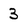
Character: 3